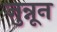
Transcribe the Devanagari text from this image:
जुन्नून